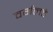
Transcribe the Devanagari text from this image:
वर्गलढे